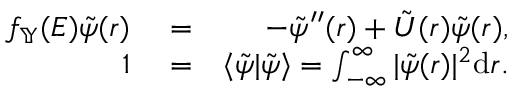
\begin{array} { r l r } { f _ { \mathbb { Y } } ( E ) \tilde { \psi } ( r ) } & { { } = } & { - \tilde { \psi } ^ { \prime \prime } ( r ) + \tilde { U } ( r ) \tilde { \psi } ( r ) , } \\ { 1 } & { { } = } & { \langle \tilde { \psi } | \tilde { \psi } \rangle = \int _ { - \infty } ^ { \infty } | \tilde { \psi } ( r ) | ^ { 2 } { \textrm d } r . } \end{array}